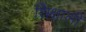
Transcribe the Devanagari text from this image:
शिक्षाली